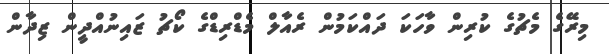
މިރޭގެ މެޗުގެ ކުރިން ވާހަކަ ދައްކަމުން ރެއާލް މެޑްރިޑްގެ ކޯޗު ޒައިނުއްދީން ޒިދާން